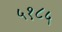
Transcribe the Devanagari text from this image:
५१८५